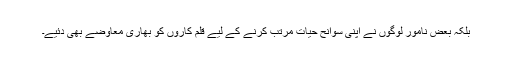
بلکہ بعض نامور لوگوں نے اپنی سوانح حیات مرتب کرنے کے لیے قلم کاروں کو بھاری معاوضے بھی دئیے۔